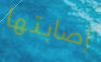
إصابتها